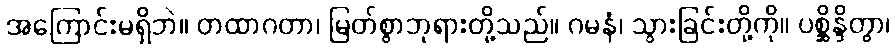
အကြောင်းမရှိဘဲ။ တထာဂတာ၊ မြတ်စွာဘုရားတို့သည်။ ဂမနံ၊ သွားခြင်းတို့ကို။ ပစ္ဆိန္ဒိတွာ၊